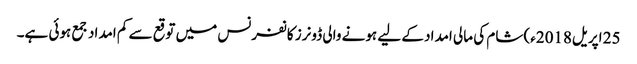
25 اپریل2018ء) شام کی مالی امداد کے لیے ہونے والی ڈونرز کانفرنس میں توقع سے کم امداد جمع ہوئی ہے۔